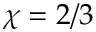
\chi = 2 / 3